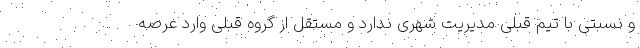
و نسبتی با تیم قبلی مدیریت شهری ندارد و مستقل از گروه قبلی وارد عرصه